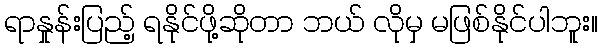
ရာနှုန်းပြည့် ရနိုင်ဖို့ဆိုတာ ဘယ် လိုမှ မဖြစ်နိုင်ပါဘူး။